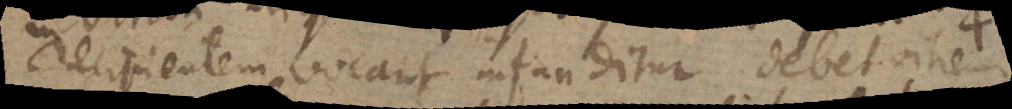
recipientem vocant infunditur. Debet vitreum